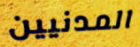
المدنيين